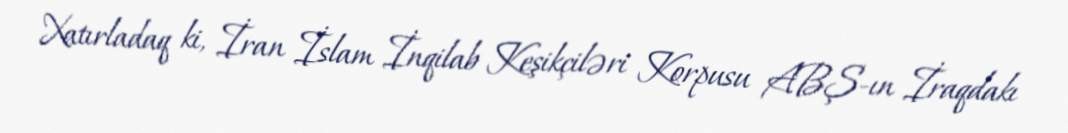
Xatırladaq ki, İran İslam İnqilab Keşikçiləri Korpusu ABŞ-ın İraqdakı